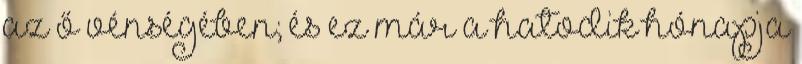
az ő vénségében; és ez már a hatodik hónapja